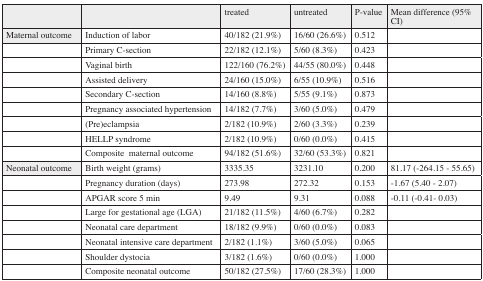
<table><thead><tr><td></td><td></td><td><b>treated</b></td><td><b>untreated</b></td><td><b>P-value</b></td><td><b>Mean difference (95% CI)</b></td></tr></thead><tbody><tr><td><b>Maternal outcome</b></td><td>Induction of labor</td><td>40/182 (21.9%)</td><td>16/60 (26.6%)</td><td>0.512</td><td></td></tr><tr><td></td><td>Primary C-section</td><td>22/182 (12.1%)</td><td>5/60 (8.3%)</td><td>0.423</td><td></td></tr><tr><td></td><td>Vaginal birth</td><td>122/160 (76.2%)</td><td>44/55 (80.0%)</td><td>0.448</td><td></td></tr><tr><td></td><td>Assisted delivery</td><td>24/160 (15.0%)</td><td>6/55 (10.9%)</td><td>0.516</td><td></td></tr><tr><td></td><td>Secondary C-section</td><td>14/160 (8.8%)</td><td>5/55 (9.1%)</td><td>0.873</td><td></td></tr><tr><td></td><td>Pregnancy associated hypertension</td><td>14/182 (7.7%)</td><td>3/60 (5.0%)</td><td>0.479</td><td></td></tr><tr><td></td><td>(Pre)eclampsia</td><td>2/182 (10.9%)</td><td>2/60 (3.3%)</td><td>0.239</td><td></td></tr><tr><td></td><td>HELLP syndrome</td><td>2/182 (10.9%)</td><td>0/60 (0.0%)</td><td>0.415</td><td></td></tr><tr><td></td><td>Composite maternal outcome</td><td>94/182 (51.6%)</td><td>32/60 (53.3%)</td><td>0.821</td><td></td></tr><tr><td><b>Neonatal outcome</b></td><td>Birth weight (grams)</td><td>3335.35</td><td>3231.10</td><td>0.200</td><td>81.17 (-264.15 - 55.65)</td></tr><tr><td></td><td>Pregnancy duration (days)</td><td>273.98</td><td>272.32</td><td>0.153</td><td>-1.67 (5.40 - 2.07)</td></tr><tr><td></td><td>APGAR score 5 min</td><td>9.49</td><td>9.31</td><td>0.088</td><td>-0.11 (-0.41- 0.03)</td></tr><tr><td></td><td>Large for gestational age (LGA)</td><td>21/182 (11.5%)</td><td>4/60 (6.7%)</td><td>0.282</td><td></td></tr><tr><td></td><td>Neonatal care department</td><td>18/182 (9.9%)</td><td>0/60 (0.0%)</td><td>0.083</td><td></td></tr><tr><td></td><td>Neonatal intensive care department</td><td>2/182 (1.1%)</td><td>3/60 (5.0%)</td><td>0.065</td><td></td></tr><tr><td></td><td>Shoulder dystocia</td><td>3/182 (1.6%)</td><td>0/60 (0.0%)</td><td>1.000</td><td></td></tr><tr><td></td><td>Composite neonatal outcome</td><td>50/182 (27.5%)</td><td>17/60 (28.3%)</td><td>1.000</td><td></td></tr></tbody></table>